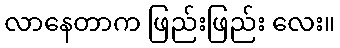
လာနေတာက ဖြည်းဖြည်း လေး။